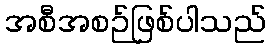
အစီအစဉ်ဖြစ်ပါသည်